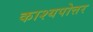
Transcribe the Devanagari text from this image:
काश्यपोत्तर